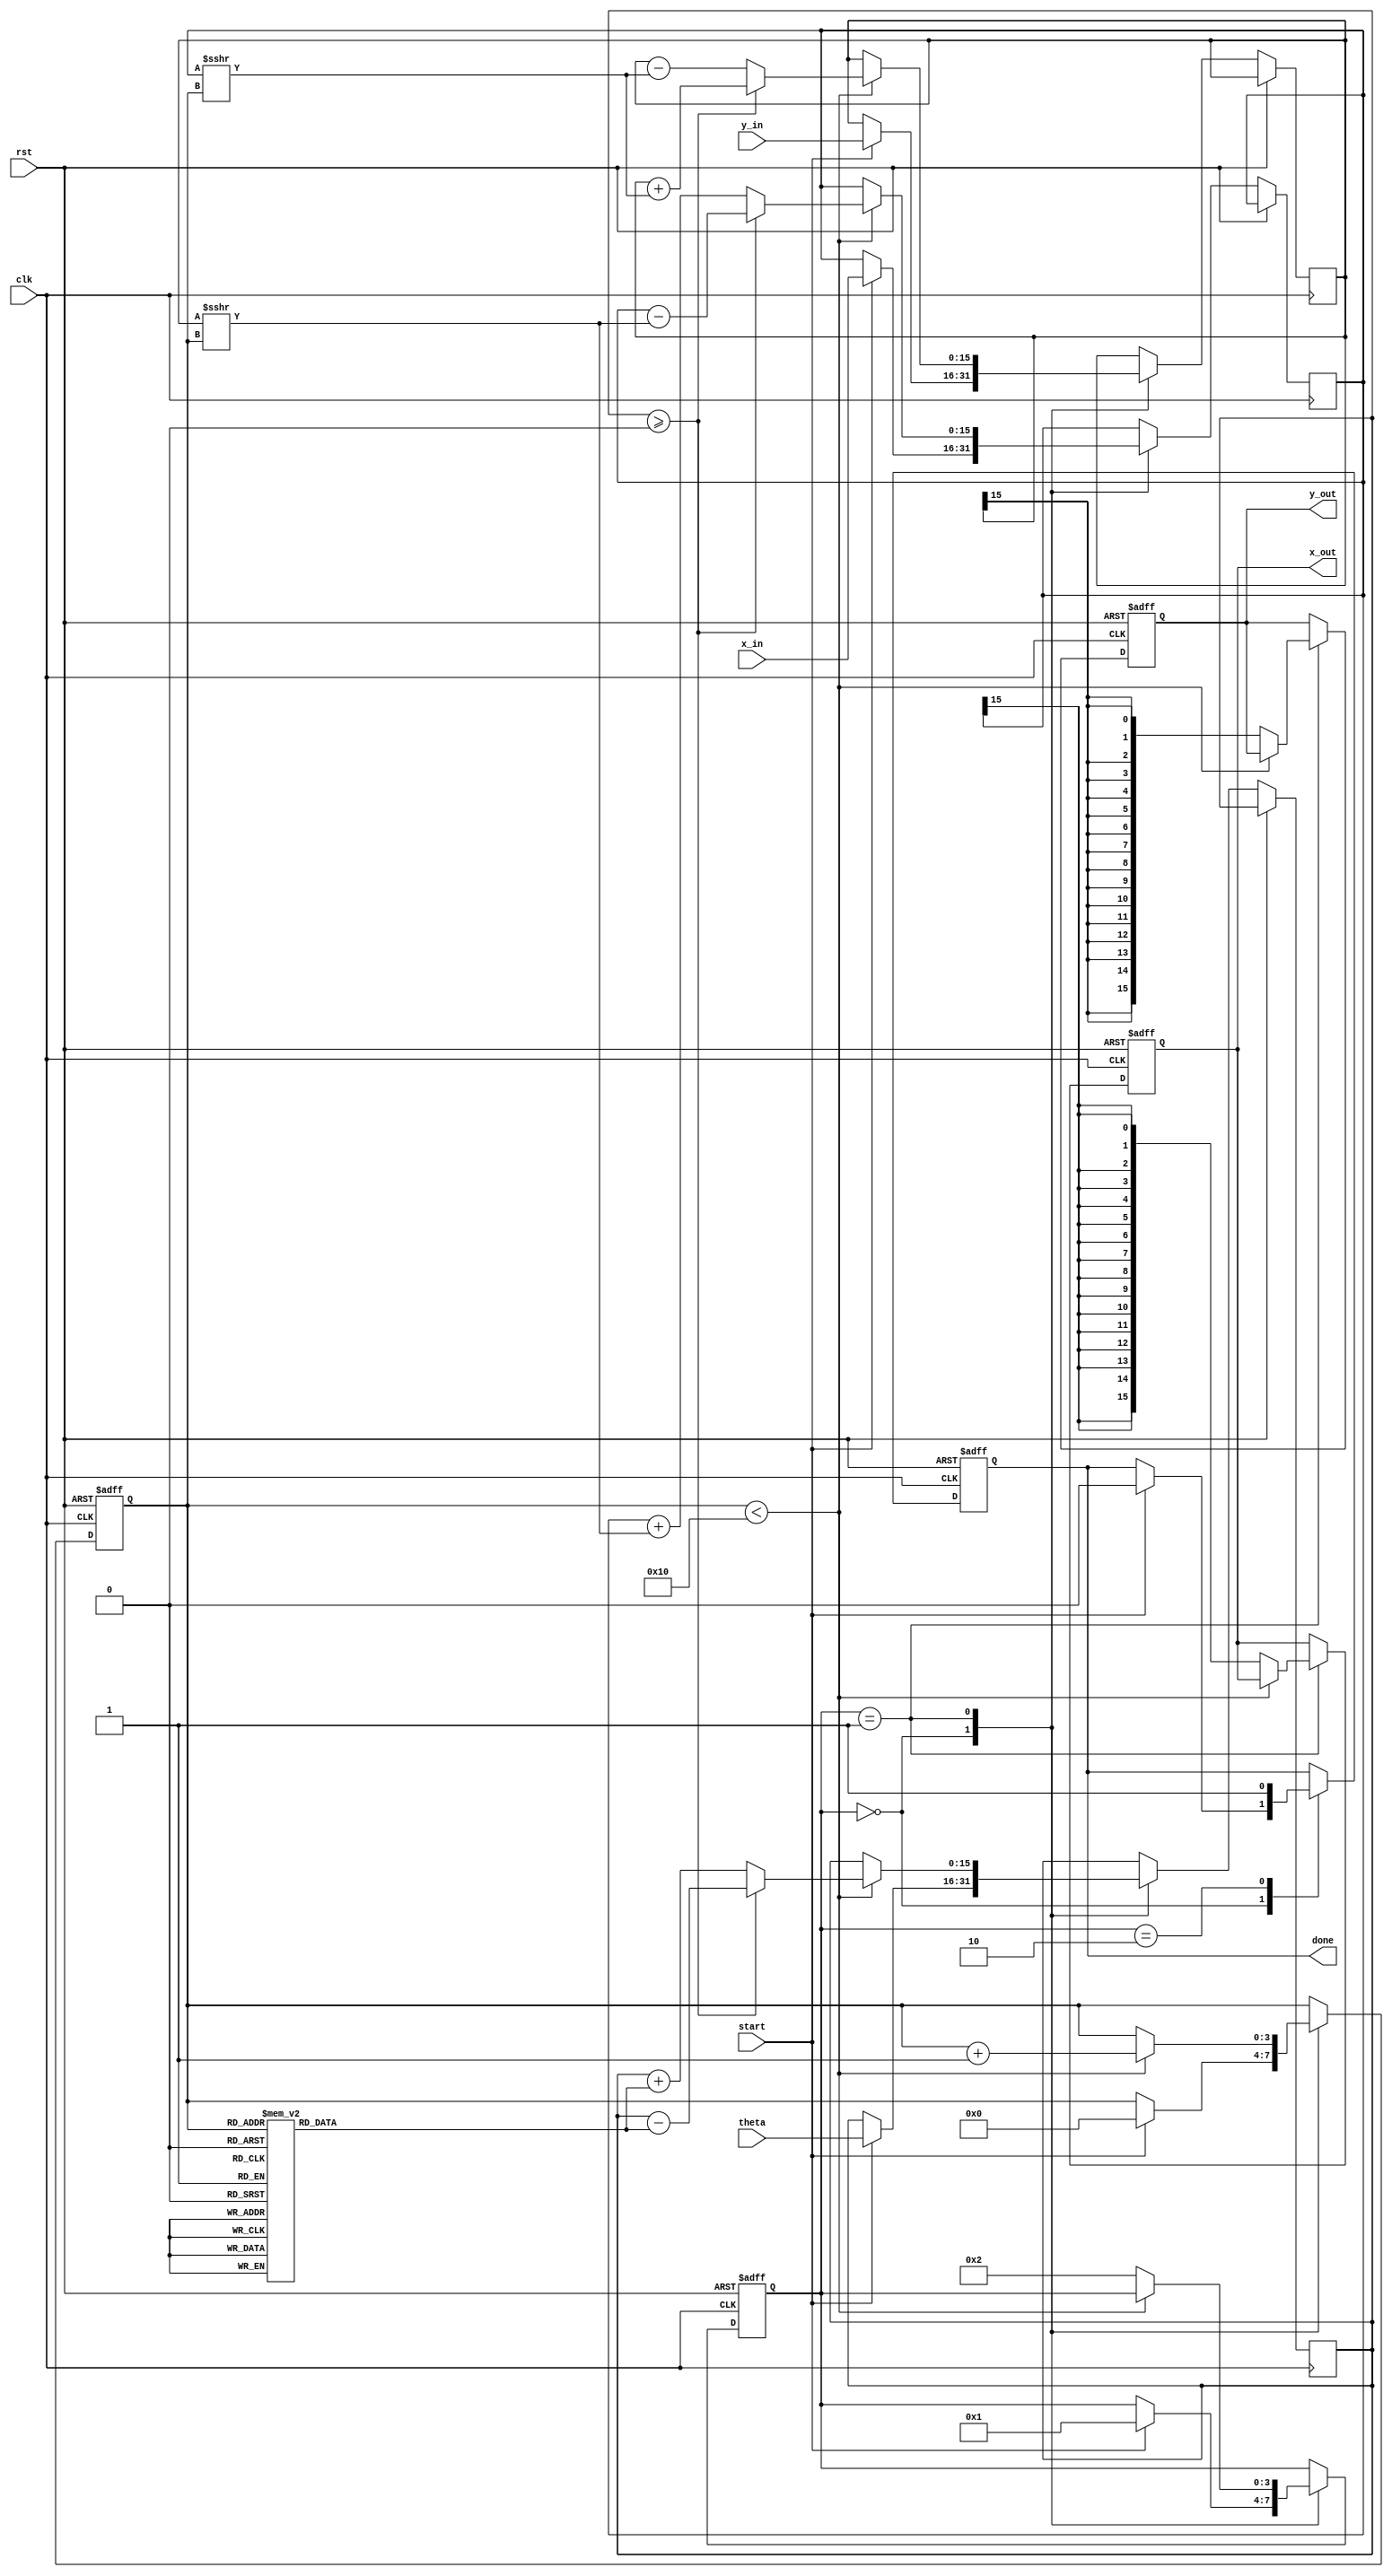
module cordic_2d (
    input wire clk,
    input wire rst,
    input wire start,
    input wire signed [15:0] x_in,   // Input X vector
    input wire signed [15:0] y_in,   // Input Y vector
    input wire signed [15:0] theta,   // Target rotation angle
    output reg signed [15:0] x_out,   // Output X vector
    output reg signed [15:0] y_out,   // Output Y vector
    output reg done                  // Done signal
);

    // Parameters
    parameter MAX_ITER = 16;          // Maximum number of iterations
    parameter FIXED_POINT_SCALE = 16; // Scaling factor for fixed-point representation

    // Internal signals
    reg [3:0] iteration;               // Iteration counter
    reg signed [15:0] x;               // Current X value
    reg signed [15:0] y;               // Current Y value
    reg signed [15:0] angle;           // Current angle
    reg signed [15:0] angle_table [0:15]; // Rotation angle table
    reg [3:0] state;                   // FSM state

    // Initialize rotation angle table (arctan(1/2^i) in fixed-point)
    initial begin
        angle_table[0] = 16'h26DD; // atan(1) = 45 degrees
        angle_table[1] = 16'h1D7A; // atan(1/2) = 26.565 degrees
        angle_table[2] = 16'h16C9; // atan(1/4) = 14.036 degrees
        angle_table[3] = 16'h0D9A; // atan(1/8) = 7.125 degrees
        angle_table[4] = 16'h05A8; // atan(1/16) = 3.576 degrees
        angle_table[5] = 16'h02B9; // atan(1/32) = 1.788 degrees
        angle_table[6] = 16'h0145; // atan(1/64) = 0.781 degrees
        angle_table[7] = 16'h0072; // atan(1/128) = 0.392 degrees
        angle_table[8] = 16'h0036; // atan(1/256) = 0.197 degrees
        angle_table[9] = 16'h001B; // atan(1/512) = 0.098 degrees
        angle_table[10] = 16'h000D; // atan(1/1024) = 0.049 degrees
        angle_table[11] = 16'h0006; // atan(1/2048) = 0.025 degrees
        angle_table[12] = 16'h0003; // atan(1/4096) = 0.012 degrees
        angle_table[13] = 16'h0002; // atan(1/8192) = 0.006 degrees
        angle_table[14] = 16'h0001; // atan(1/16384) = 0.003 degrees
        angle_table[15] = 16'h0001; // atan(1/32768) = 0.001 degrees
    end

    // FSM states
    localparam IDLE = 0;
    localparam RUN = 1;
    localparam DONE = 2;

    // State machine
    always @(posedge clk or posedge rst) begin
        if (rst) begin
            state <= IDLE;
            iteration <= 0;
            done <= 0;
            x_out <= 0;
            y_out <= 0;
        end else begin
            case (state)
                IDLE: begin
                    if (start) begin
                        x <= x_in;
                        y <= y_in;
                        angle <= theta;
                        iteration <= 0;
                        state <= RUN;
                        done <= 0;
                    end
                end
                RUN: begin
                    if (iteration < MAX_ITER) begin
                        // Determine direction of rotation
                        if (angle >= 0) begin
                            // Counter-clockwise rotation
                            x <= x - (y >>> iteration);
                            y <= y + (x >>> iteration);
                            angle <= angle - angle_table[iteration];
                        end else begin
                            // Clockwise rotation
                            x <= x + (y >>> iteration);
                            y <= y - (x >>> iteration);
                            angle <= angle + angle_table[iteration];
                        end
                        iteration <= iteration + 1;
                    end else begin
                        // Scaling factor adjustment
                        x_out <= x >>> (MAX_ITER - 1); // Scale down
                        y_out <= y >>> (MAX_ITER - 1); // Scale down
                        state <= DONE;
                    end
                end
                DONE: begin
                    done <= 1; // Indicate completion
                end
            endcase
        end
    end

endmodule